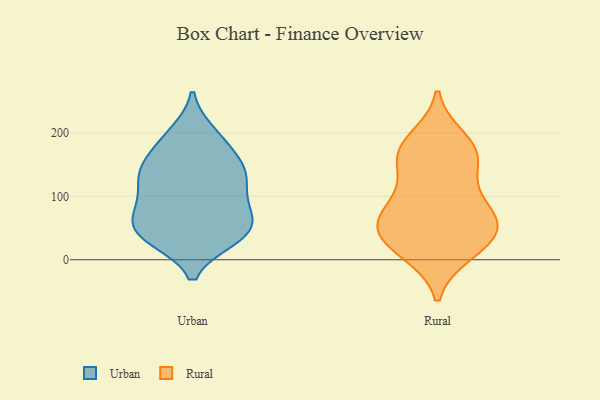
{"axis": {"x": "Demand Index", "y": "Value"}, "legend": ["Rural", "Urban"], "data": [{"x": "", "y": 138, "type": "Urban"}, {"x": "", "y": 151, "type": "Urban"}, {"x": "", "y": 51, "type": "Urban"}, {"x": "", "y": 139, "type": "Urban"}, {"x": "", "y": 38, "type": "Urban"}, {"x": "", "y": 180, "type": "Urban"}, {"x": "", "y": 34, "type": "Urban"}, {"x": "", "y": 83, "type": "Urban"}, {"x": "", "y": 42, "type": "Urban"}, {"x": "", "y": 82, "type": "Urban"}, {"x": "", "y": 89, "type": "Urban"}, {"x": "", "y": 73, "type": "Urban"}, {"x": "", "y": 199, "type": "Urban"}, {"x": "", "y": 126, "type": "Urban"}, {"x": "", "y": 44, "type": "Urban"}, {"x": "", "y": 124, "type": "Urban"}, {"x": "", "y": 140, "type": "Urban"}, {"x": "", "y": 37, "type": "Urban"}, {"x": "", "y": 192, "type": "Urban"}, {"x": "", "y": 15, "type": "Rural"}, {"x": "", "y": 168, "type": "Rural"}, {"x": "", "y": 151, "type": "Rural"}, {"x": "", "y": 61, "type": "Rural"}, {"x": "", "y": 70, "type": "Rural"}, {"x": "", "y": 12, "type": "Rural"}, {"x": "", "y": 189, "type": "Rural"}, {"x": "", "y": 89, "type": "Rural"}, {"x": "", "y": 35, "type": "Rural"}, {"x": "", "y": 36, "type": "Rural"}, {"x": "", "y": 174, "type": "Rural"}, {"x": "", "y": 61, "type": "Rural"}, {"x": "", "y": 50, "type": "Rural"}, {"x": "", "y": 106, "type": "Rural"}, {"x": "", "y": 162, "type": "Rural"}]}